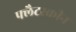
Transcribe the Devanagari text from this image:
फ्लैटस्क्रीन